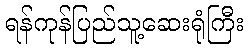
ရန်ကုန်ပြည်သူ့ဆေးရုံကြီး